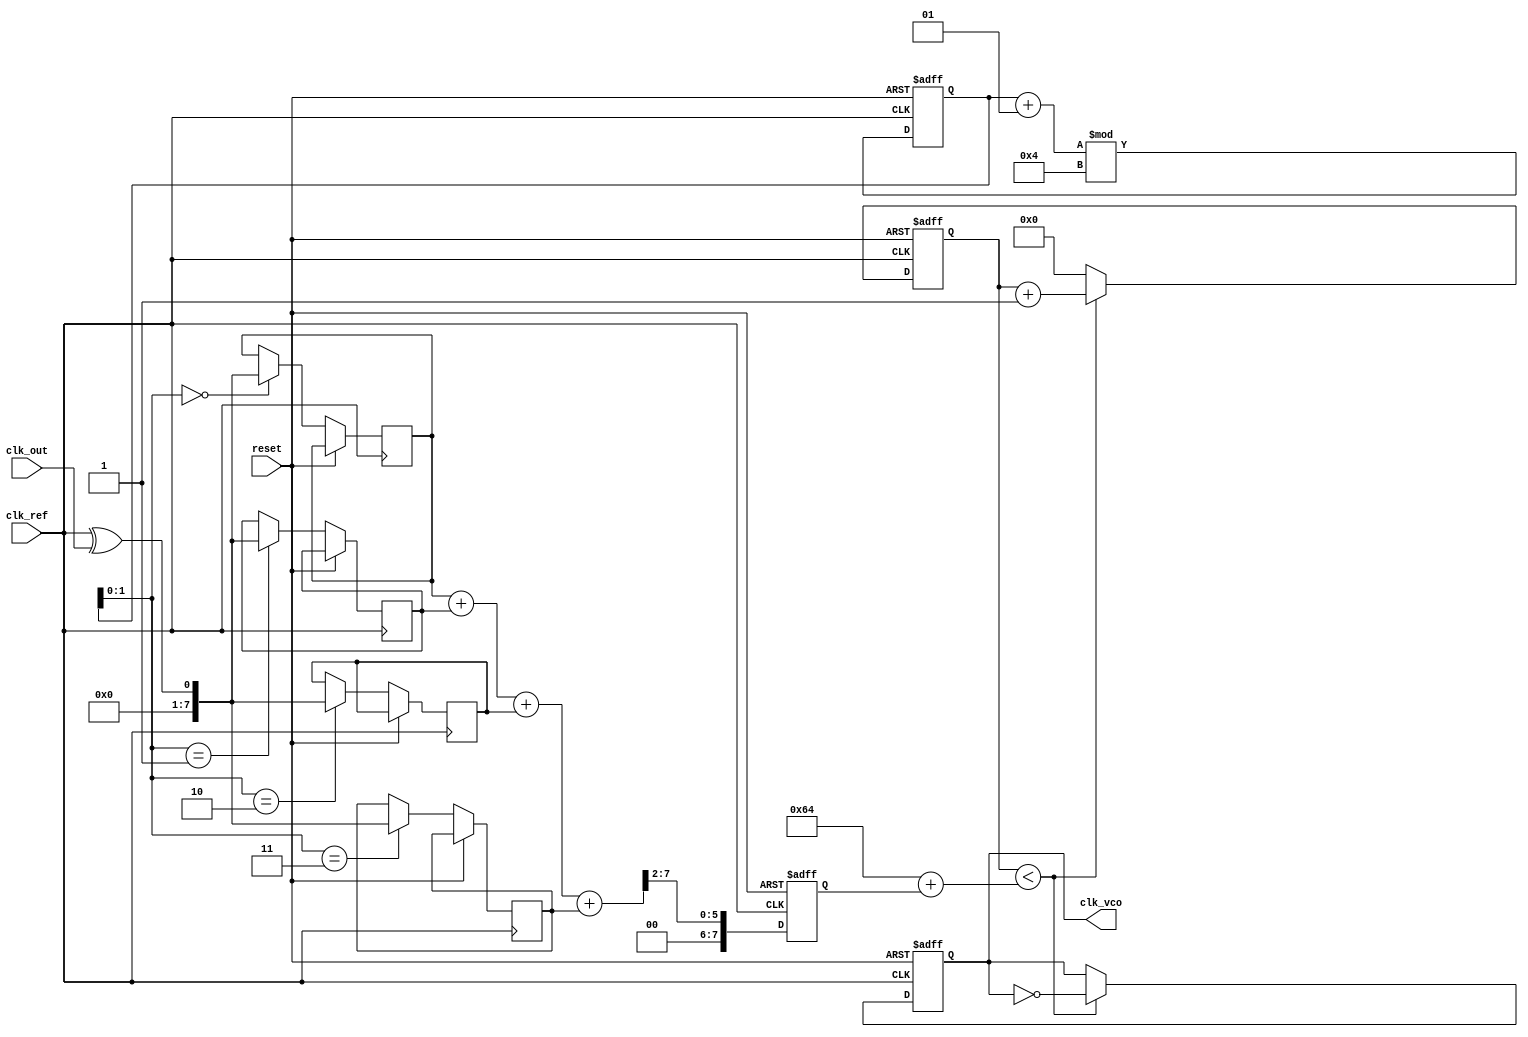
module memory_blocks_PLL (
    input wire clk_ref,          // Reference clock
    input wire clk_out,          // Output clock
    input wire reset,            // Reset signal
    output reg clk_vco           // VCO output clock
);

// Parameters
parameter N = 8;                // Number of memory blocks
parameter FILTER_SIZE = 4;      // Size of the loop filter

// Memory blocks to store phase error values
reg [N-1:0] phase_memory [0:FILTER_SIZE-1];
integer mem_index = 0;

// Phase Detector
wire phase_error;
assign phase_error = clk_ref ^ clk_out; // Simple XOR phase detector

// Loop Filter (simple moving average)
reg [N-1:0] filter_output;
always @(posedge clk_ref or posedge reset) begin
    if (reset) begin
        filter_output <= 0;
        mem_index <= 0;
    end else begin
        // Store phase error in memory
        phase_memory[mem_index] <= phase_error;

        // Move to next memory index
        mem_index <= (mem_index + 1) % FILTER_SIZE;

        // Calculate average phase error
        filter_output <= (phase_memory[0] + phase_memory[1] + 
                          phase_memory[2] + phase_memory[3]) >> 2; // Simple averaging
    end
end

// Voltage-Controlled Oscillator (VCO)
reg [7:0] vco_count = 0;
always @(posedge clk_ref or posedge reset) begin
    if (reset) begin
        vco_count <= 0;
        clk_vco <= 0;
    end else begin
        // Adjust VCO frequency based on filter output
        if (vco_count < (100 + filter_output)) begin
            clk_vco <= ~clk_vco; // Toggle output clock
            vco_count <= vco_count + 1;
        end else begin
            vco_count <= 0;
        end
    end
end

endmodule